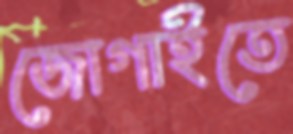
জোগাইতে